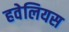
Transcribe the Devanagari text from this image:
हवेलियस